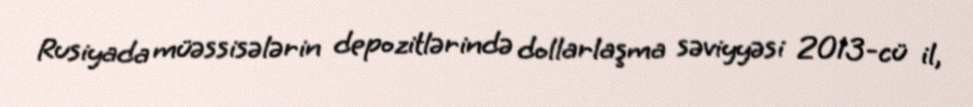
Rusiyada müəssisələrin depozitlərində dollarlaşma səviyyəsi 2013-cü il,